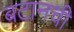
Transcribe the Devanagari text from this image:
बटानची